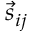
\vec { s } _ { i j }